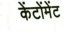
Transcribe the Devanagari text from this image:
केंटोंमेंट